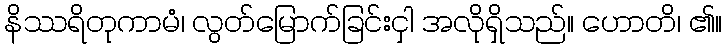
နိဿရိတုကာမံ၊ လွတ်မြောက်ခြင်းငှါ အလိုရှိသည်။ ဟောတိ၊ ၏။